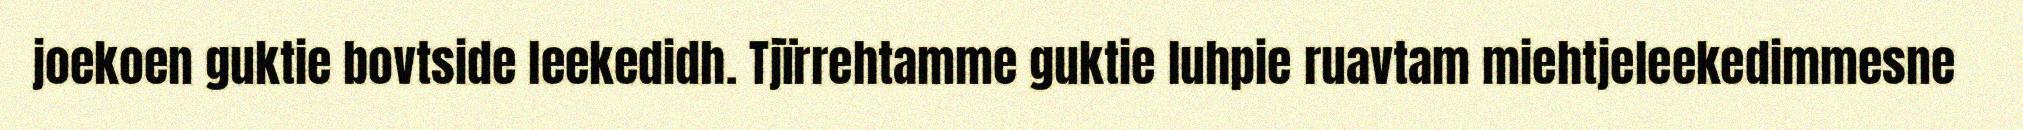
joekoen guktie bovtside leekedidh. Tjïrrehtamme guktie luhpie ruavtam miehtjeleekedimmesne